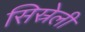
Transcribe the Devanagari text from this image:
सिस्रेली